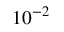
1 0 ^ { - 2 }